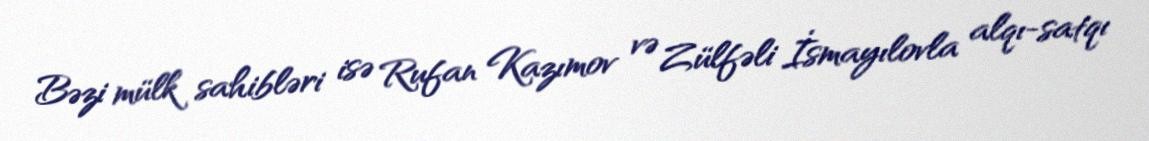
Bəzi mülk sahibləri isə Rufan Kazımov və Zülfəli İsmayılovla alqı-satqı